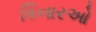
કિનારઓ